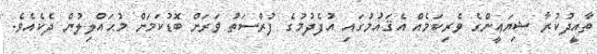
ތާއީދުކުރާ ޝިޔަޢީންގެ ވެރިކަމެއް އެޤައުމުގައި އުފެދުމުގެ ފުރްސަތު ވަރަށް ބޮޑުކަމަށް މުޙައްލިލުން ދެކެއެވެ.